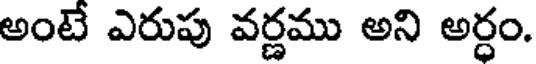
అంటే ఎరుపు వర్ణము అని అర్ధం.